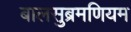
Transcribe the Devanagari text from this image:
बालसुब्रमणियम